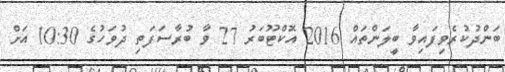
ބަންދުކުރެވިފައިވާ ބީލަންތައް 2016 އޮކްޓޫބަރު 27 ވާ ބުރާސަފަތި ދުވަހުގެ 10:30 އަށް